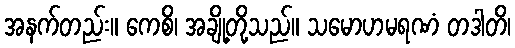
အနက်တည်း။ ကေစိ၊ အချို့တို့သည်။ သမောဟမရဏံ တဒါတိ၊